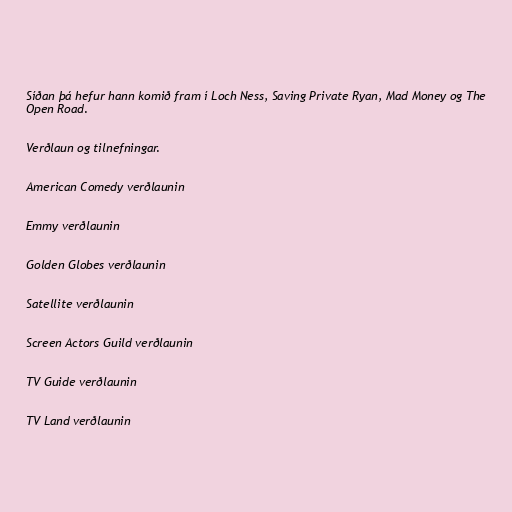
Síðan þá hefur hann komið fram í Loch Ness, Saving Private Ryan, Mad Money og The
Open Road.

Verðlaun og tilnefningar.

American Comedy verðlaunin

Emmy verðlaunin

Golden Globes verðlaunin

Satellite verðlaunin

Screen Actors Guild verðlaunin

TV Guide verðlaunin

TV Land verðlaunin